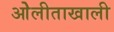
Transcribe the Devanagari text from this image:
ओेलीताखाली